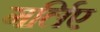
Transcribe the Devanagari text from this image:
गर्लिए